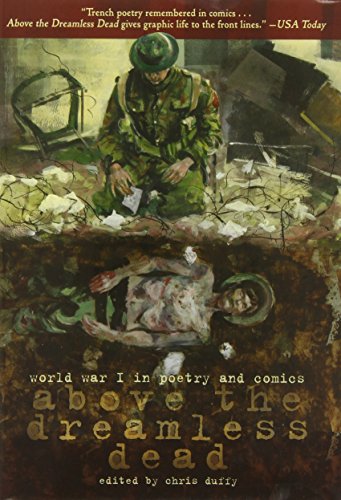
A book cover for Above the Dreamless Dead: World War I in Poetry and Comics; Various Various Authors; Comics & Graphic Novels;